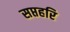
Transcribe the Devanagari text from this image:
सप्तहरि